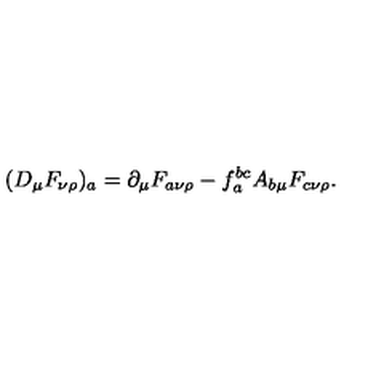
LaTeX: ( D _ { \mu } F _ { \nu \rho } ) _ { a } = \partial _ { \mu } F _ { a \nu \rho } - f _ { a } ^ { b c } A _ { b \mu } F _ { c \nu \rho } .